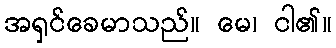
အရှင်ခေမာသည်။ မေ၊ ငါ၏။